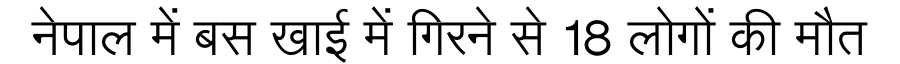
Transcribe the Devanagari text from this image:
नेपाल में बस खाई में गिरने से 18 लोगों की मौत